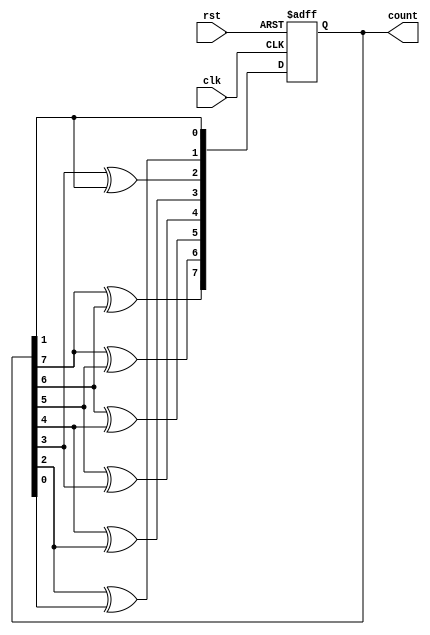
module gray_counter (
    input wire clk,              // Clock input
    input wire rst,              // Reset input
    output reg [7:0] count       // Gray counter output with 8 bits
);

reg [7:0] next_state;           // Next state of the counter
reg [7:0] current_state;        // Current state of the counter

// Next state logic
always @(*) begin
    next_state[7] = current_state[7] ^ current_state[6];
    next_state[6] = current_state[7] ^ current_state[5];
    next_state[5] = current_state[6] ^ current_state[4];
    next_state[4] = current_state[5] ^ current_state[3];
    next_state[3] = current_state[4] ^ current_state[2];
    next_state[2] = current_state[3] ^ current_state[1];
    next_state[1] = current_state[2] ^ current_state[0];
    next_state[0] = current_state[1];

end

// Increment logic
always @ (posedge clk or posedge rst) begin
    if (rst) begin
        current_state <= 8'b00000000;
    end else begin
        current_state <= next_state;
    end
end

// Assign current state to count output
assign count = current_state;

endmodule